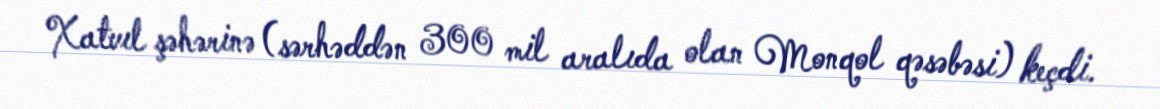
Xatvıl şəhərinə (sərhəddən 300 mil aralıda olan Monqol qəsəbəsi) keçdi.